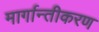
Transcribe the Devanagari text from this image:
मार्गान्तीकरण